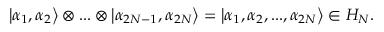
\left| \alpha _ { 1 } , \alpha _ { 2 } \right\rangle \otimes . . . \otimes \left| \alpha _ { 2 N - 1 } , \alpha _ { 2 N } \right\rangle = \left| \alpha _ { 1 } , \alpha _ { 2 } , . . . , \alpha _ { 2 N } \right\rangle \in { \cal H } _ { N } .